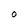
Character: O